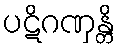
ပဋိဂဏှန္တိ